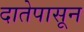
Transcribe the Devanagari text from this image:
दातेपासून